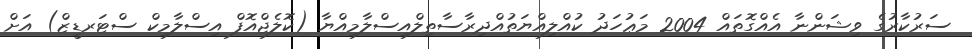
ސަރުކާރުގެ ވިޝަންނާ އެއްގޮތައް 2004 މަޢުހަދު ކުއްލިއްޔަތުއްދިރާސާތިލްއިސްލާމިއްޔާ (ކޮލެޖްއޮފް އިސްލާމިކް ސްޓަރޑީޒް) އަށް